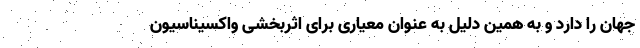
جهان را دارد و به همین دلیل به عنوان معیاری برای اثربخشی واکسیناسیون